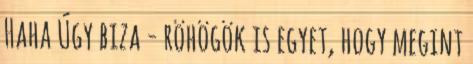
Haha Úgy biza - röhögök is egyet, hogy megint